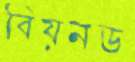
বিয়নড